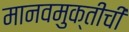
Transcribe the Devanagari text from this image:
मानवमुक्तीची